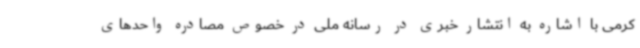
کرمی با اشاره به انتشار خبری در رسانه ملی در خصوص مصادره واحدهای